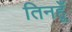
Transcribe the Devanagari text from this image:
तिनहूँ